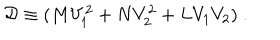
LaTeX: { \cal D } \equiv ( M V _ { 1 } ^ { 2 } + N V _ { 2 } ^ { 2 } + L V _ { 1 } V _ { 2 } ) \ .